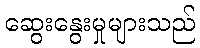
ဆွေးနွေးမှုများသည်